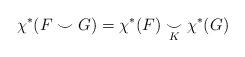
LaTeX: \begin{align*} \chi^{\ast}(F \smile G) = \chi^{\ast}(F) \underset{K}{\smile} \chi^{\ast}(G)\end{align*}